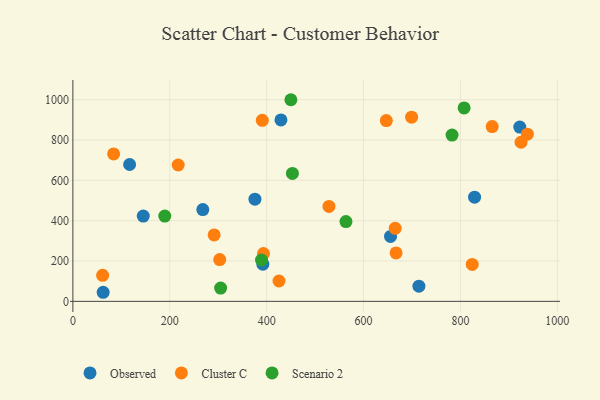
{"axis": {"x": "Distance", "y": "Yield"}, "legend": ["Cluster C", "Observed", "Scenario 2"], "data": [{"x": "829.2", "y": 516.6, "type": "Observed"}, {"x": "62.5", "y": 45.0, "type": "Observed"}, {"x": "392.1", "y": 184.5, "type": "Observed"}, {"x": "268.2", "y": 455.1, "type": "Observed"}, {"x": "145.3", "y": 422.9, "type": "Observed"}, {"x": "655.7", "y": 321.8, "type": "Observed"}, {"x": "922.5", "y": 864.4, "type": "Observed"}, {"x": "117.1", "y": 678.5, "type": "Observed"}, {"x": "714.3", "y": 75.2, "type": "Observed"}, {"x": "429.5", "y": 899.6, "type": "Observed"}, {"x": "375.8", "y": 506.5, "type": "Observed"}, {"x": "925.1", "y": 789.0, "type": "Cluster C"}, {"x": "291.6", "y": 329.4, "type": "Cluster C"}, {"x": "425.5", "y": 100.9, "type": "Cluster C"}, {"x": "217.4", "y": 676.0, "type": "Cluster C"}, {"x": "528.6", "y": 470.8, "type": "Cluster C"}, {"x": "938.2", "y": 829.0, "type": "Cluster C"}, {"x": "699.2", "y": 913.2, "type": "Cluster C"}, {"x": "647.0", "y": 896.4, "type": "Cluster C"}, {"x": "667.1", "y": 240.2, "type": "Cluster C"}, {"x": "665.3", "y": 362.0, "type": "Cluster C"}, {"x": "865.5", "y": 866.9, "type": "Cluster C"}, {"x": "824.3", "y": 183.1, "type": "Cluster C"}, {"x": "61.4", "y": 129.2, "type": "Cluster C"}, {"x": "84.1", "y": 731.1, "type": "Cluster C"}, {"x": "391.0", "y": 897.7, "type": "Cluster C"}, {"x": "303.1", "y": 207.1, "type": "Cluster C"}, {"x": "393.4", "y": 236.7, "type": "Cluster C"}, {"x": "305.0", "y": 65.7, "type": "Scenario 2"}, {"x": "807.6", "y": 959.2, "type": "Scenario 2"}, {"x": "450.0", "y": 999.8, "type": "Scenario 2"}, {"x": "563.7", "y": 395.5, "type": "Scenario 2"}, {"x": "453.2", "y": 634.4, "type": "Scenario 2"}, {"x": "389.4", "y": 205.1, "type": "Scenario 2"}, {"x": "782.7", "y": 824.3, "type": "Scenario 2"}, {"x": "189.7", "y": 422.8, "type": "Scenario 2"}]}